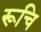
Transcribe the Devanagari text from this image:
रूचि